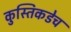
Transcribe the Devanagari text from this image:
कुस्तिकडेच